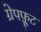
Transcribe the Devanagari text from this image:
ग्रेपफ़्रूट